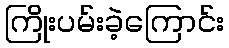
ကြိုးပမ်းခဲ့ကြောင်း